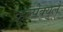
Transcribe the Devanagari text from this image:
व्हुल्पेक्युले